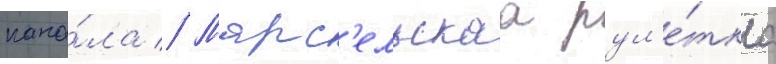
кана́ла // Марс'ельскаа рул'е́тка